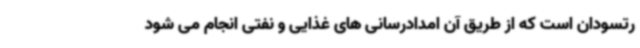
رتسودان است که از طریق آن امدادرسانی های غذایی و نفتی انجام می شود